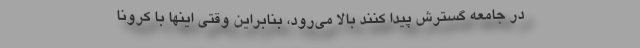
در جامعه گسترش پیدا کنند بالا می‌رود، بنابراین وقتی اینها با کرونا